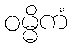
ဝမ္မိကံ